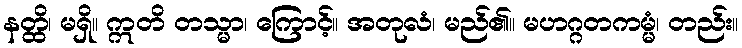
နတ္ထိ၊ မရှိ။ ဣတိ တသ္မာ၊ ကြောင့်။ အတုလံ၊ မည်၏။ မဟဂ္ဂတကမ္မံ၊ တည်း။